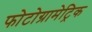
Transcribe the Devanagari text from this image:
फोटोग्रामेट्रिक